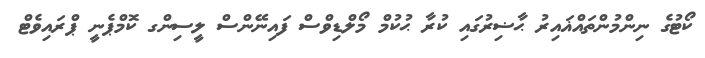
ކޯޓުގެ ނިންމުންތައްޣައިރު ޙާޟިރުގައި ކުރާ ޙުކުމް މޯލްޑިވްސް ފައިނޭންސް ލީސިންގ ކޮމްޕެނީ ޕްރައިވެޓް